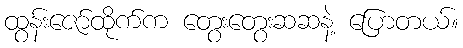
ထွန်းဇော်ထိုက်က တွေးတွေးဆဆနဲ့ ပြောတယ်။